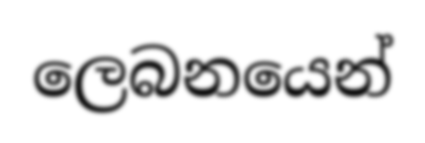
ලෙබනයෙන්